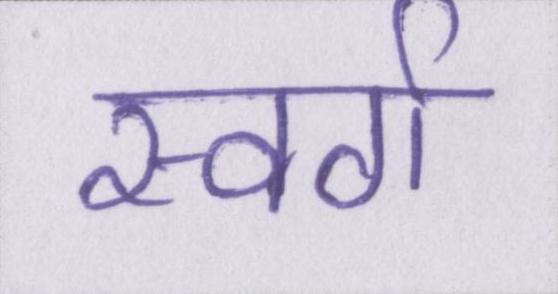
स्वर्ग